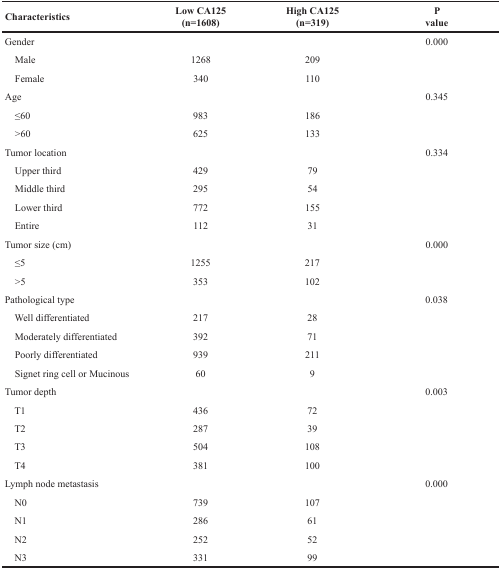
| Characteristics | Low CA125 (n=1608) | High CA125 (n=319) | P value |
 | --- | --- | --- | --- |
 | Gender |  |  | 0.000 |
 | Male | 1268 | 209 |  |
 | Female | 340 | 110 |  |
 | Age |  |  | 0.345 |
 | ≤60 | 983 | 186 |  |
 | >60 | 625 | 133 |  |
 | Tumor location |  |  | 0.334 |
 | Upper third | 429 | 79 |  |
 | Middle third | 295 | 54 |  |
 | Lower third | 772 | 155 |  |
 | Entire | 112 | 31 |  |
 | Tumor size (cm) |  |  | 0.000 |
 | ≤5 | 1255 | 217 |  |
 | >5 | 353 | 102 |  |
 | Pathological type |  |  | 0.038 |
 | Well differentiated | 217 | 28 |  |
 | Moderately differentiated | 392 | 71 |  |
 | Poorly differentiated | 939 | 211 |  |
 | Signet ring cell or Mucinous | 60 | 9 |  |
 | Tumor depth |  |  | 0.003 |
 | T1 | 436 | 72 |  |
 | T2 | 287 | 39 |  |
 | T3 | 504 | 108 |  |
 | T4 | 381 | 100 |  |
 | Lymph node metastasis |  |  | 0.000 |
 | N0 | 739 | 107 |  |
 | N1 | 286 | 61 |  |
 | N2 | 252 | 52 |  |
 | N3 | 331 | 99 |  |